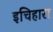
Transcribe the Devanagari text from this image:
इचिहारा